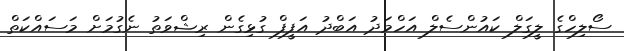
ސޯލިހްގެ ލީގަލް ކައުންސެލް އަހްމަދު އަބްދު އަފީފް ގުޅިގެން ރިޝްވަތު ނެގުމަށް މަސައްކަތް